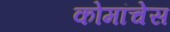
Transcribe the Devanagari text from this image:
कोमांचेस